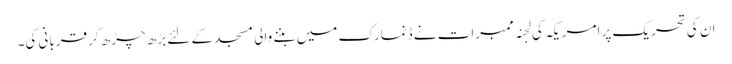
ان کی تحریک پر امریکہ کی لجنہ ممبرات نے ڈنمارک میں بننے والی مسجد کے لئے بڑھ چڑھ کر قربانی کی۔